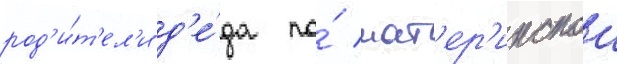
род'и́т'ел'и д'е́да по́ мат'ер'инскои